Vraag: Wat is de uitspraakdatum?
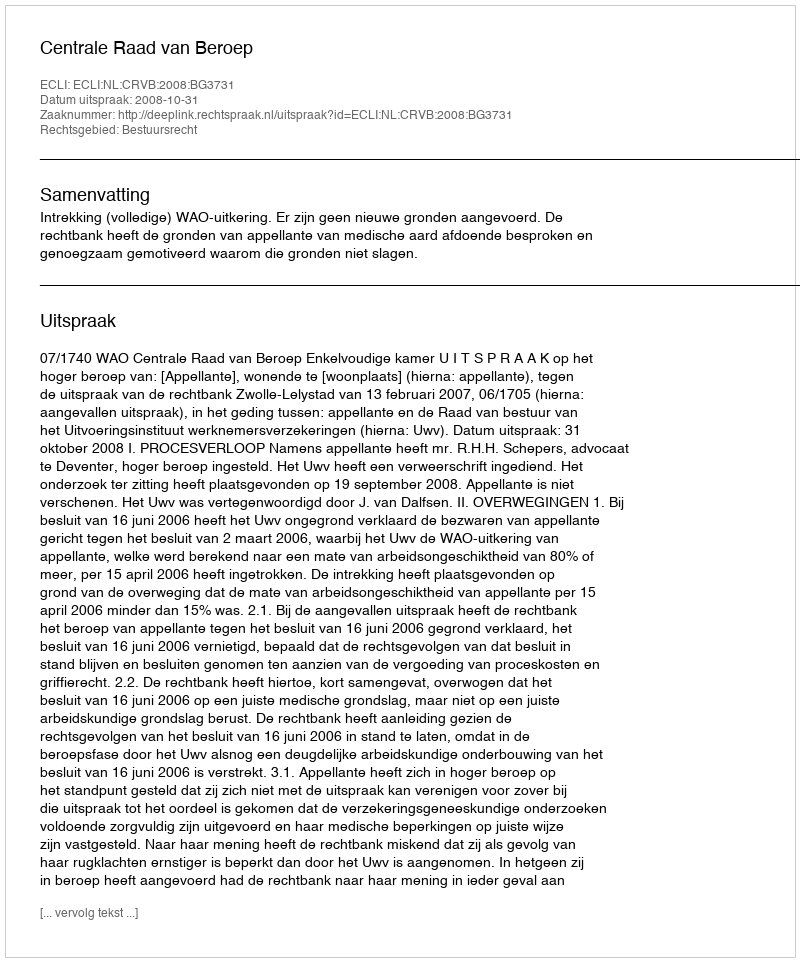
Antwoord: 2008-10-31